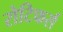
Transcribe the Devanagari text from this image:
रोटिफर्स